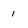
Character: 1